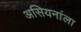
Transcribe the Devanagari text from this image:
असियनांला